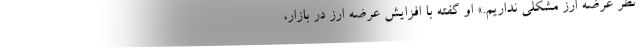
نظر عرضه ارز مشکلی نداریم.» او گفته با افزایش عرضه ارز در بازار،